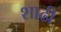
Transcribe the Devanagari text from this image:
शाढी